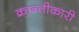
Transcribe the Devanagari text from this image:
क्रान्तीकारी